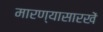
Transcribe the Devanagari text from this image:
मारण्यासारखें